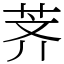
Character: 荠